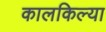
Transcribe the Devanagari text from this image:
कालकिल्या